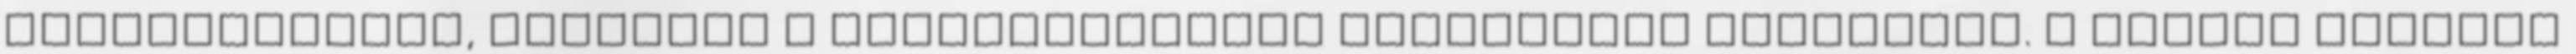
Rájasimogatás, úszkálás a kristálytiszta türkizzöld tengerben. A cakkos formájú